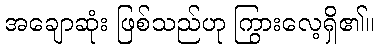
အချောဆုံး ဖြစ်သည်ဟု ကြွားလေ့ရှိ၏။